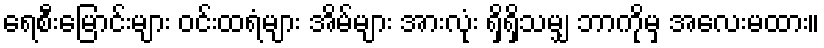
ရေစီးမြောင်းများ ဝင်းထရံများ အိမ်များ အားလုံး ရှိရှိသမျှ ဘာကိုမှ အလေးမထား။